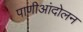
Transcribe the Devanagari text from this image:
पाणीआंदोलन